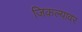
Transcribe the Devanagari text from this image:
जिकल्यावर